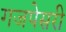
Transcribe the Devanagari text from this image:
गजपेसरी